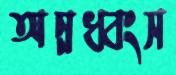
অন্নধ্বংস